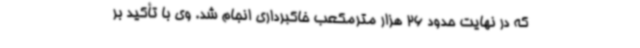
که در نهایت حدود 26 هزار مترمکعب خاکبرداری انجام شد. وی با تأکید بر